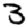
Digit: 3